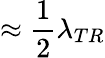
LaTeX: \approx\frac{1}{2}\lambda_{TR}